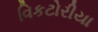
વિકટોરીયા